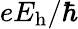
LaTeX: eE_{\mathrm{h}}/\hbar